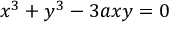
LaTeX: x ^ { 3 } + y ^ { 3 } - 3 a x y = 0